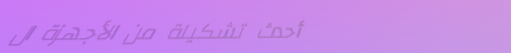
أحدث تشكيلة من الأجهزة ال